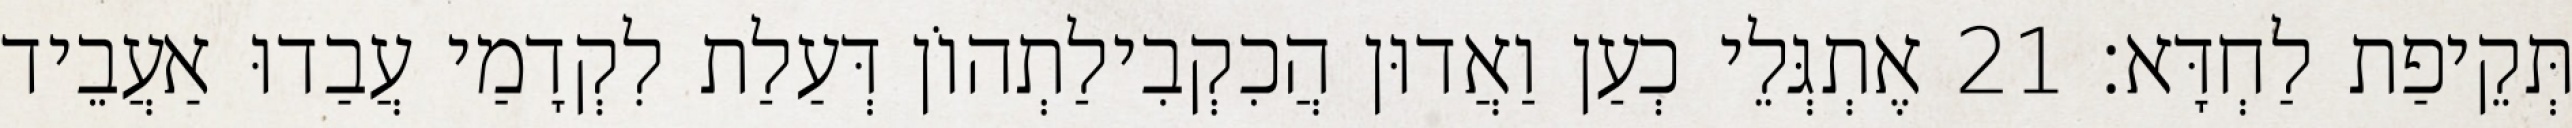
תְּקֵיפַת לַחְדָּא׃ 21 אֶתְגְּלֵי כְעַן וַאֲדוּן הֲכִקְבִילַתְהוֹן דְּעַלַת לִקְדָמַי עֲבַדוּ אַעֲבֵיד